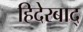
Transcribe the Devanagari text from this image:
हिदेरबाद्